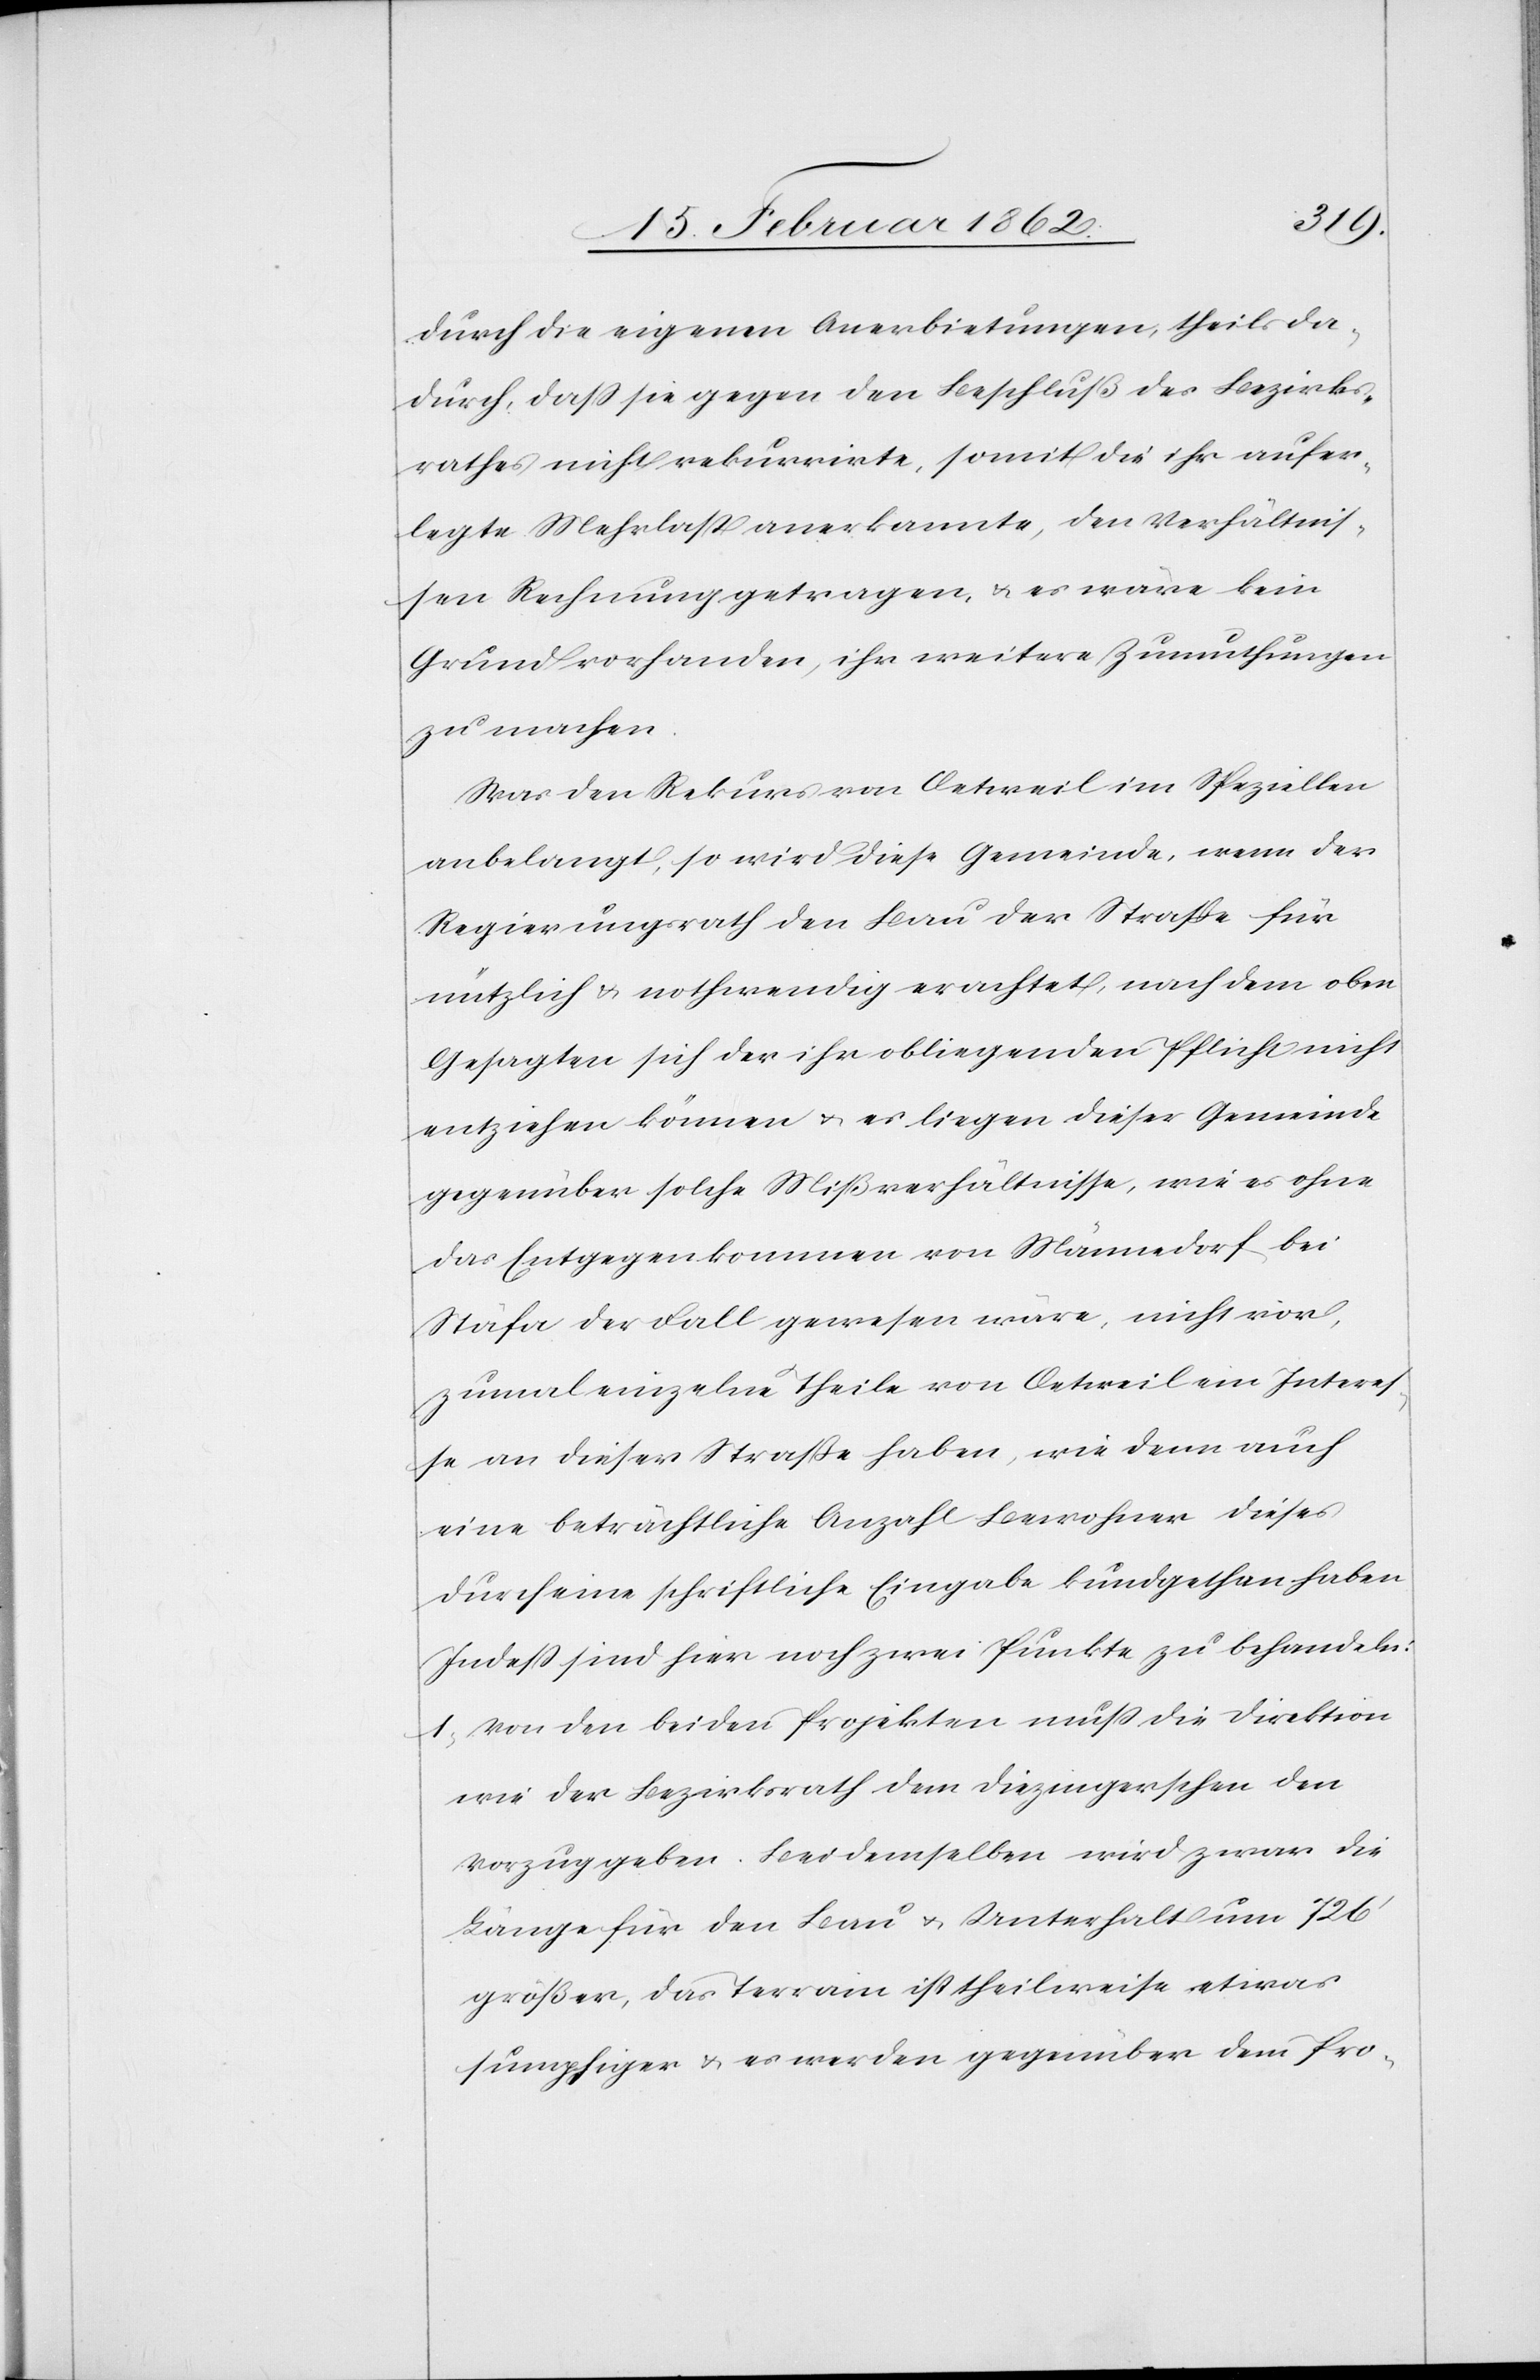
durch die eigenen Anerbietungen, theils da¬
durch, daß sie gegen den Beschluß des Bezirks¬
rathes nicht rekurrirte, somit die ihr aufer¬
legte Mehrlast anerkannte, den Verhältnis¬
sen Rechnung getragen, u. es wäre kein
Grund vorhanden, ihr weitere Zumuthungen
zu machen.
Was den Rekurs von Oetweil im Speziellen
anbelangt, so wird diese Gemeinde, wenn der
Regierungsrath den Bau der Straße für
nützlich & nothwendig erachtet, nach dem oben
Gesagten sich der ihr obliegenden Pflicht nicht
entziehen können u. es liegen dieser Gemeinde
gegenüber solche Mißverhältnisse, wie es ohne
das Entgegenkommen von Männedorf bei
Stäfa der Fall gewesen wäre, nicht vor,
zumal einzelne Theile von Oetweil ein Interes¬
se an dieser Straße haben, wie denn auch
eine beträchtliche Anzahl Bewohner dieses
durch eine schriftliche Eingabe kundgethan haben.
Indeß sind hier noch zwei Punkte zu behandeln:
1) Von den beiden Projekten muß die Direktion
wie der Bezirksrath dem Diezingerschen den
Vorzug geben. Bei demselben wird zwar die
Länge für den Bau u. Unterhalt um 726’
größer, das Terrain ist theilweise etwas
sumpfiger u. es werden gegenüber dem Pro-